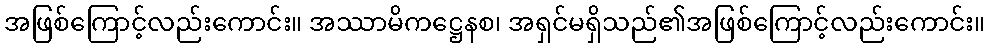
အဖြစ်ကြောင့်လည်းကောင်း။ အဿာမိကဋ္ဌေနစ၊ အရှင်မရှိသည်၏အဖြစ်ကြောင့်လည်းကောင်း။